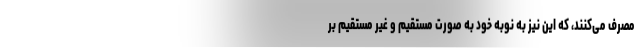
مصرف می‌کنند، که این نیز به نوبه خود به صورت مستقیم و غیر مستقیم بر